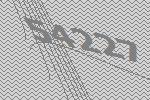
54227